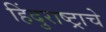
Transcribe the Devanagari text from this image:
हिंदुराष्ट्राचे